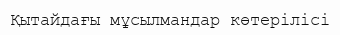
Қытайдағы мұсылмандар көтерілісі